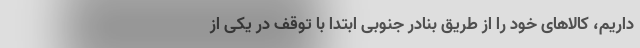
داریم، کالاهای خود را از طریق بنادر جنوبی ابتدا با توقف در یکی از